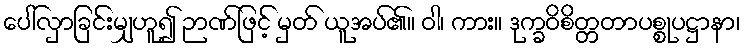
ပေါ်လှာခြင်းမျှဟူ၍ ဉာဏ်ဖြင့် မှတ် ယူအပ်၏။ ဝါ၊ ကား။ ဒုက္ခဝိစိတ္တတာပစ္စုပဋ္ဌာနာ၊